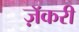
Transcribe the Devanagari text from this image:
ज़ॅकरी